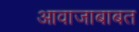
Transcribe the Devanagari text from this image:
आवाजाबाबत